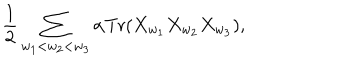
{ \frac { 1 } { 2 } } \sum _ { w _ { 1 } < w _ { 2 } < w _ { 3 } } \alpha \mathrm { T r } ( X _ { w _ { 1 } } X _ { w _ { 2 } } X _ { w _ { 3 } } ) ,